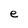
Character: e